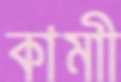
কামাী